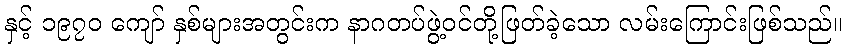
နှင့် ၁၉၇၀ ကျော် နှစ်များအတွင်းက နာဂတပ်ဖွဲ့ဝင်တို့ဖြတ်ခဲ့သော လမ်းကြောင်းဖြစ်သည်။